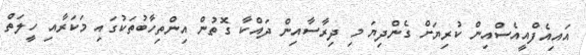
އައިއެފްއީއެސްއިން ކުރިޔަށް ގެންދިޔަ މި ދިރާސާއިން ދައްކާ ގޮތުން އިންތިހާބުތަކުގައި މަކަރާއި ހީލަތް